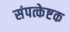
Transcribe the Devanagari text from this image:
संपत्केष्टक